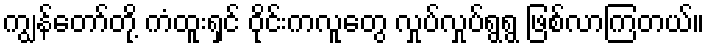
ကျွန်တော်တို့ ကံထူးရှင် ဝိုင်းကလူတွေ လှုပ်လှုပ်ရွရွ ဖြစ်လာကြတယ်။